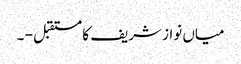
میاں نواز شریف کا مستقبل - ۔